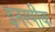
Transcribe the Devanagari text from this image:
इनस्पीक